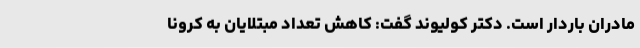
مادران باردار است. دکتر کولیوند گفت: کاهش تعداد مبتلایان به کرونا